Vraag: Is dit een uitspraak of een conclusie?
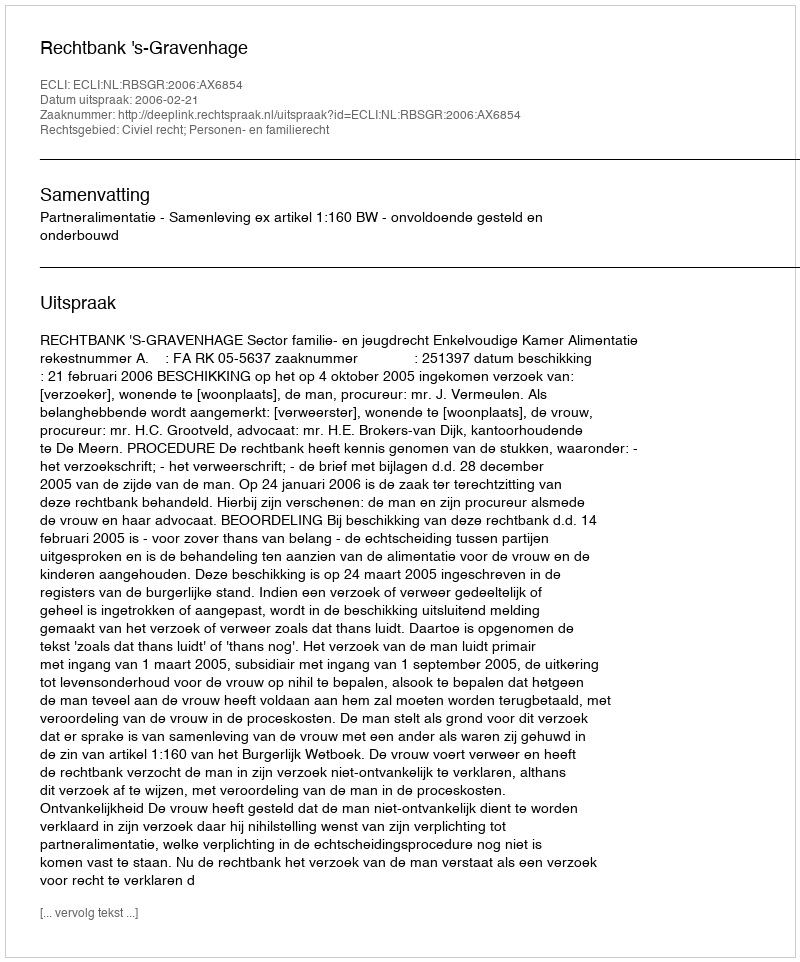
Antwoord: Uitspraak